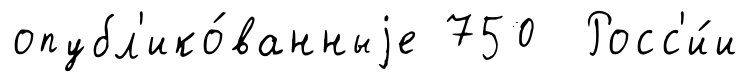
опубл'ико́ванныjе 750 Росс'и́и